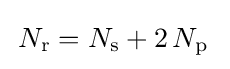
\,N_{\text{r}}=N_{\text{s}}+2\,N_{\text{p}}\;